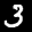
Label: 3